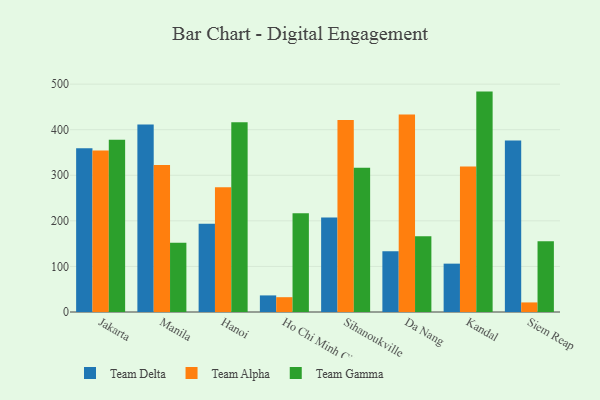
{"axis": {"x": "City", "y": "Churn Rate (%)"}, "legend": ["Team Alpha", "Team Delta", "Team Gamma"], "data": [{"x": "Jakarta", "y": 359.1, "type": "Team Delta"}, {"x": "Jakarta", "y": 354.2, "type": "Team Alpha"}, {"x": "Jakarta", "y": 377.7, "type": "Team Gamma"}, {"x": "Manila", "y": 411.3, "type": "Team Delta"}, {"x": "Manila", "y": 322.8, "type": "Team Alpha"}, {"x": "Manila", "y": 152.1, "type": "Team Gamma"}, {"x": "Hanoi", "y": 193.6, "type": "Team Delta"}, {"x": "Hanoi", "y": 273.7, "type": "Team Alpha"}, {"x": "Hanoi", "y": 416.5, "type": "Team Gamma"}, {"x": "Ho Chi Minh City", "y": 36.4, "type": "Team Delta"}, {"x": "Ho Chi Minh City", "y": 32.5, "type": "Team Alpha"}, {"x": "Ho Chi Minh City", "y": 216.7, "type": "Team Gamma"}, {"x": "Sihanoukville", "y": 207.1, "type": "Team Delta"}, {"x": "Sihanoukville", "y": 421.2, "type": "Team Alpha"}, {"x": "Sihanoukville", "y": 316.6, "type": "Team Gamma"}, {"x": "Da Nang", "y": 133.2, "type": "Team Delta"}, {"x": "Da Nang", "y": 433.3, "type": "Team Alpha"}, {"x": "Da Nang", "y": 166.3, "type": "Team Gamma"}, {"x": "Kandal", "y": 106.1, "type": "Team Delta"}, {"x": "Kandal", "y": 319.3, "type": "Team Alpha"}, {"x": "Kandal", "y": 483.6, "type": "Team Gamma"}, {"x": "Siem Reap", "y": 376.3, "type": "Team Delta"}, {"x": "Siem Reap", "y": 21.0, "type": "Team Alpha"}, {"x": "Siem Reap", "y": 155.0, "type": "Team Gamma"}]}